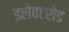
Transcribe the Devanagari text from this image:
इलेवट्रोड